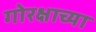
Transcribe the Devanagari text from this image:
गोरक्षाच्या